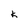
Character: k